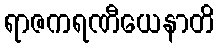
ရာဇကရဏီယေနာတိ